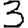
Digit: 3